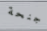
جنحة